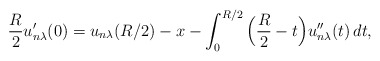
\begin{align*}\frac{R}{2}u_{n\lambda}^{\prime}(0)= u_{n\lambda}(R/2) -x -\int_0^{R/2} \Big( \frac{R}{2} -t \Big) u_{n\lambda}^{\prime\prime}(t)\, dt,\end{align*}